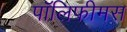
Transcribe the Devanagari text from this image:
पॉलिफीमस